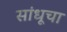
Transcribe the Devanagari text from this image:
सांधूचा